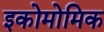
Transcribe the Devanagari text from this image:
इकोमोमिक